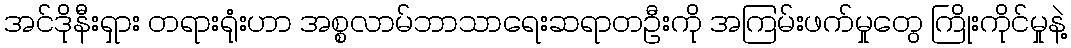
အင်ဒိုနီးရှား တရားရုံးဟာ အစ္စလာမ်ဘာသာရေးဆရာတဦးကို အကြမ်းဖက်မှုတွေ ကြိုးကိုင်မှုနဲ့